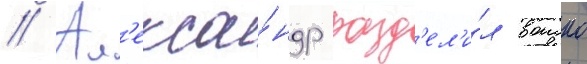
// Ал'екса́ндр разд'ел'и́л воиско